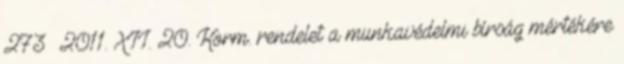
273 2011. XII. 20. Korm. rendelet a munkavédelmi bírság mértékére